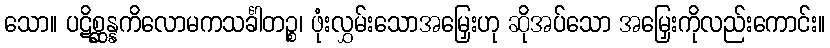
သော။ ပဋိစ္ဆန္နကိလောမကသင်္ခါတဉ္စ၊ ဖုံးလွှမ်းသောအမြှေးဟု ဆိုအပ်သော အမြှေးကိုလည်းကောင်း။